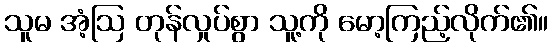
သူမ အံ့ဩ တုန်လှုပ်စွာ သူ့ကို မော့ကြည့်လိုက်၏။